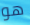
هو